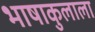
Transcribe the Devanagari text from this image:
भाषाकुलाला